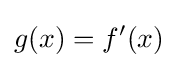
g(x)=f'(x)